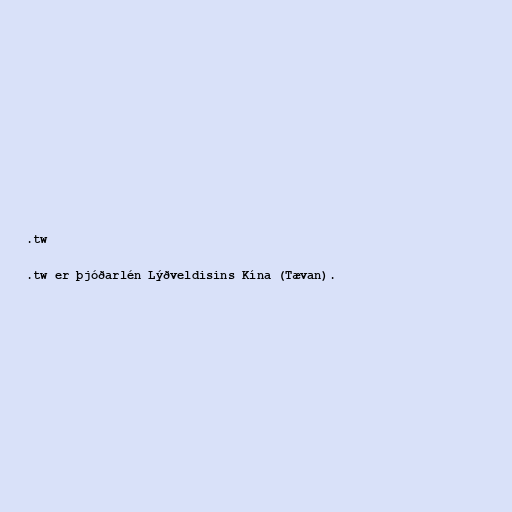
.tw

.tw er þjóðarlén Lýðveldisins Kína (Tævan).